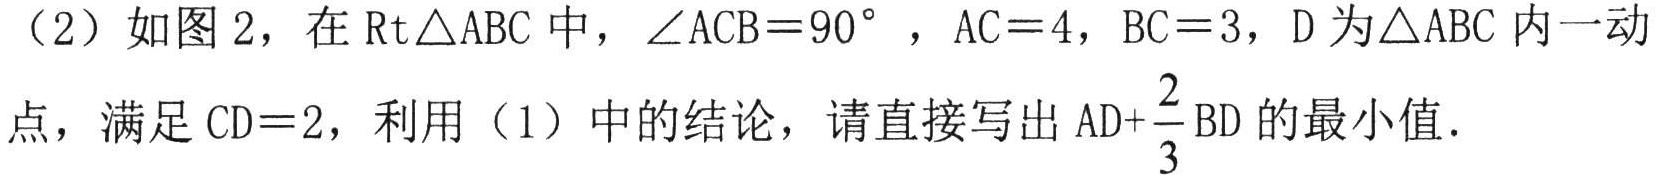
（2）如图 2，在 \(\text{Rt}\triangle ABC\) 中，\(\angle ACB = 90^{\circ}\)，\(AC = 4\)，\(BC = 3\)，\(D\) 为 \(\triangle ABC\) 内一动点，满足 \(CD = 2\)，利用（1）中的结论，请直接写出 \(AD+\frac{2}{3}BD\) 的最小值．